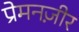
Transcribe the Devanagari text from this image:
प्रेमनज़ीर